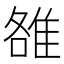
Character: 雒